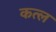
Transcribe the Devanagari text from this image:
कत्‍ल